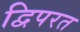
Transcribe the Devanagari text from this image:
द्विपरत